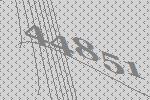
44851